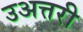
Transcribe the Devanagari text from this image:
उअत्तरी